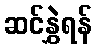
ဆင်နွှဲရန်